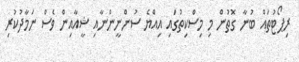
ރިޕޯޓުތައް ބުނާ ގޮތުން މި މިސްކިތުގައި އިއްޔެ ސުންނީންނާއި ޝީއާއިން ވެސް ނަމާދުކުރި